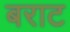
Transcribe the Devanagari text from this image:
बराट